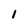
Character: 1